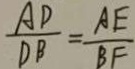
\frac { A D } { D B } = \frac { A E } { B F }